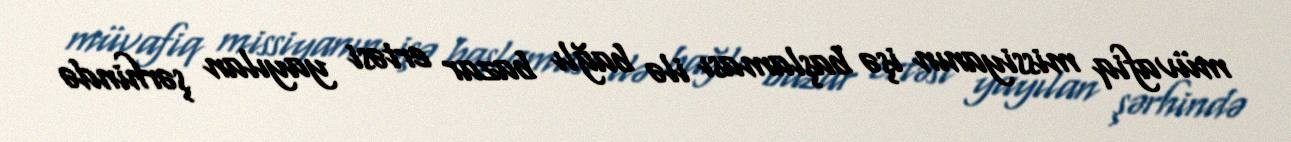
müvafiq missiyanın işə başlaması ilə bağlı bazar ertəsi yayılan şərhində